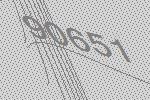
90651